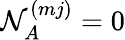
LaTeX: \mathcal{N}_{A}^{(mj)}=0